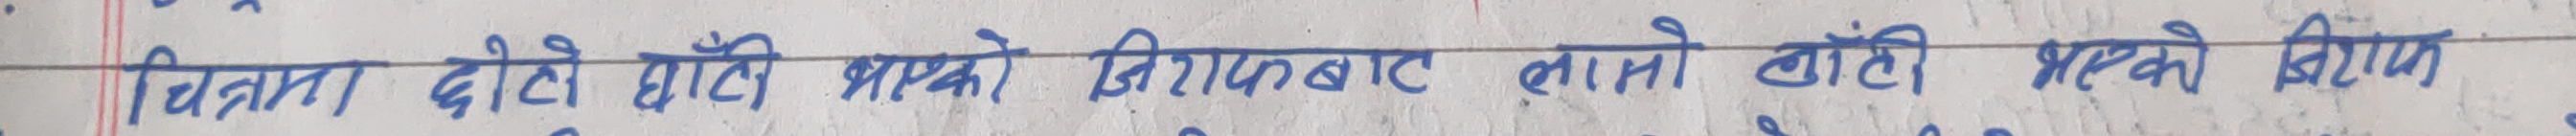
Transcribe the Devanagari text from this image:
बिरामा दोटै घाँटी भएको जिराफबाट लामो लाठी भएको विषय